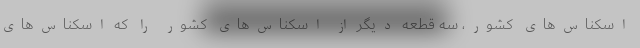
اسکناس‌های کشور، سه قطعه دیگر از اسکناس‌های کشور را که اسکناس‌های